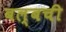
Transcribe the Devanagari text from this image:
बल्बची